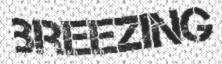
BREEZING